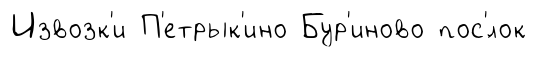
Извозк'и П'етрык'ино Бур'иново пос'́лок